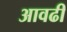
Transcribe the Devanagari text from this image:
आवढी